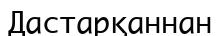
Дастарқаннан